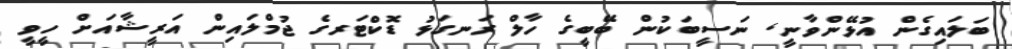
ބަލައިގެން އުޅޭންވާނީ